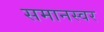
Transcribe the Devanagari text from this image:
समानस्वर